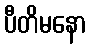
ပီတိမနော